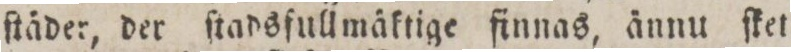
ſtäder, der ſtadsfull mäktige finnas, ännu ſkett